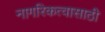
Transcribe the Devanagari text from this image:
नागरिकत्वासाठी